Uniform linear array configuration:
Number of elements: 64
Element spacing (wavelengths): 0.25
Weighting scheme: kaiser
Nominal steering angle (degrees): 45
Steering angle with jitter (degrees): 44.458
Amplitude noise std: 0.05
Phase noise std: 0.05

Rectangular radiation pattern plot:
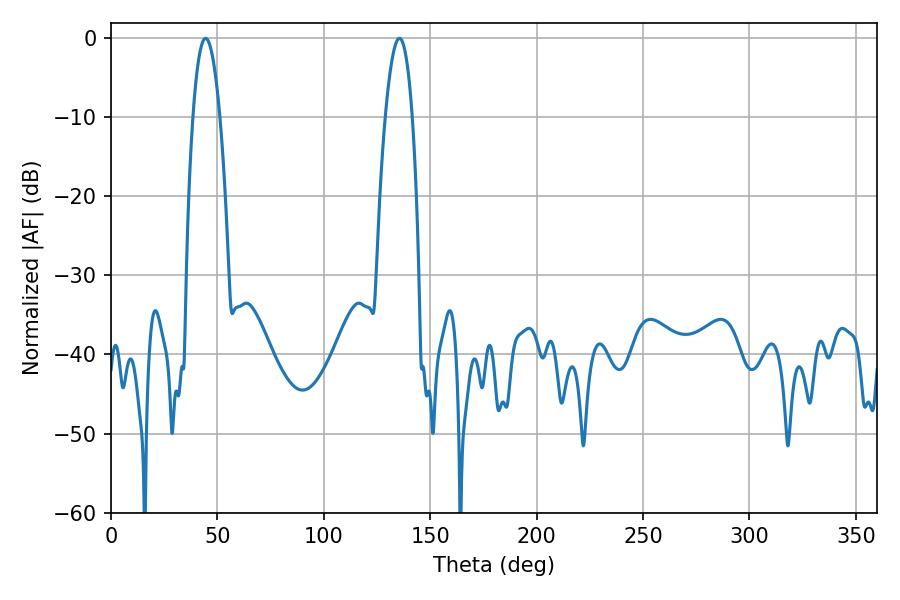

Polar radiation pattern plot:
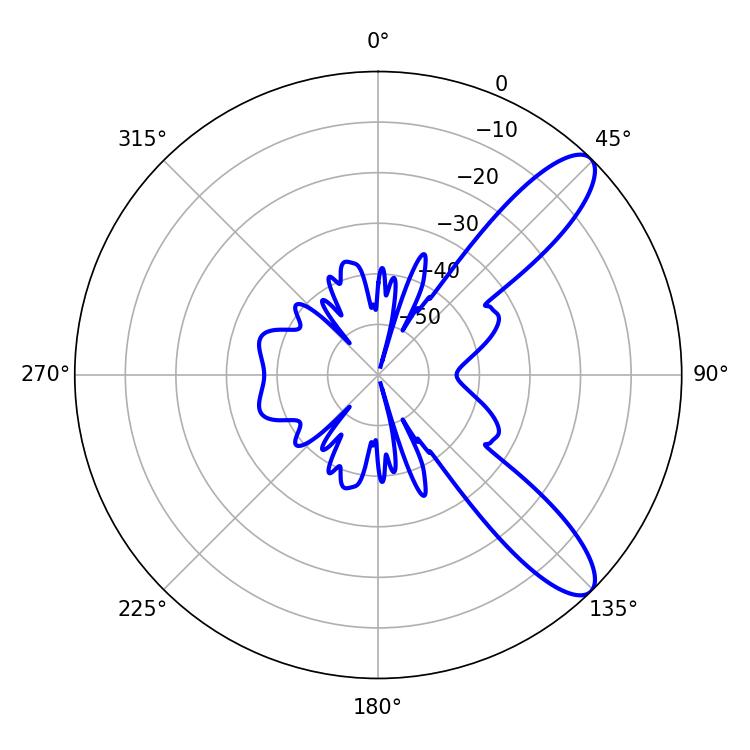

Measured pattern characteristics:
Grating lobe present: FALSE
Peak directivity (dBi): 10.354
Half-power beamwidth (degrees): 7.02
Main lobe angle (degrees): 44.46